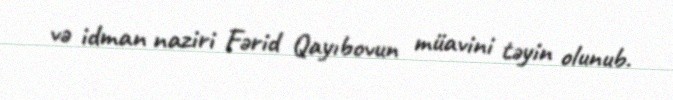
və idman naziri Fərid Qayıbovun müavini təyin olunub.